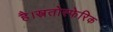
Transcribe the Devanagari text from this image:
है।स्त्रतोस्फेरिक